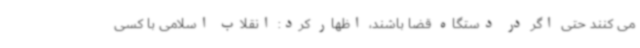
می کنند حتی اگر در دستگاه قضا باشند، اظهار کرد: انقلاب اسلامی با کسی